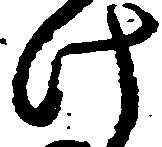
け